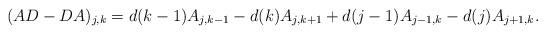
LaTeX: \begin{align*}(AD-DA)_{j,k}=d(k-1)A_{j,k-1}-d(k)A_{j,k+1}+d(j-1)A_{j-1,k}-d(j)A_{j+1,k}.\end{align*}